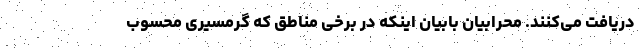
دریافت می‌کنند. محرابیان بابیان اینکه در برخی مناطق که گرمسیری محسوب